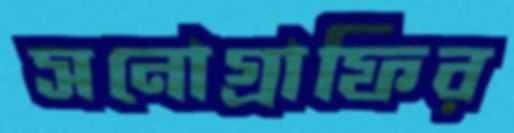
সনোগ্রাফির